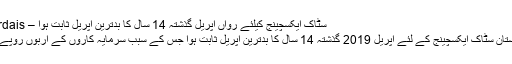
سٹاک ایکسچینج کیلئے رواں اپریل گذشتہ 14 سال کا بدترین اپریل ثابت ہوا – Dais Perdais
کراچی: پاکستان سٹاک ایکسچینج کے لئے اپریل 2019 گذشتہ 14 سال کا بدترین اپریل ثابت ہوا جس کے سبب سرمایہ کاروں کے اربوں روپے ڈوب گئے۔